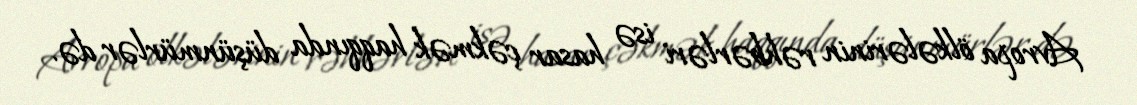
Avropa ölkələrinin rəhbərləri isə hasar çəkmək haqqında düşünmürlər də.